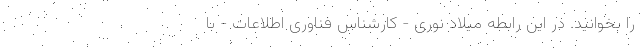
را بخوانید. در این رابطه میلاد نوری - کارشناس فناوری اطلاعات - با